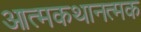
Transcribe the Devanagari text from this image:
आत्मकथानत्मक